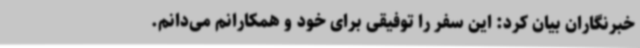
خبرنگاران بیان کرد: این سفر را توفیقی برای خود و همکارانم می‌دانم.